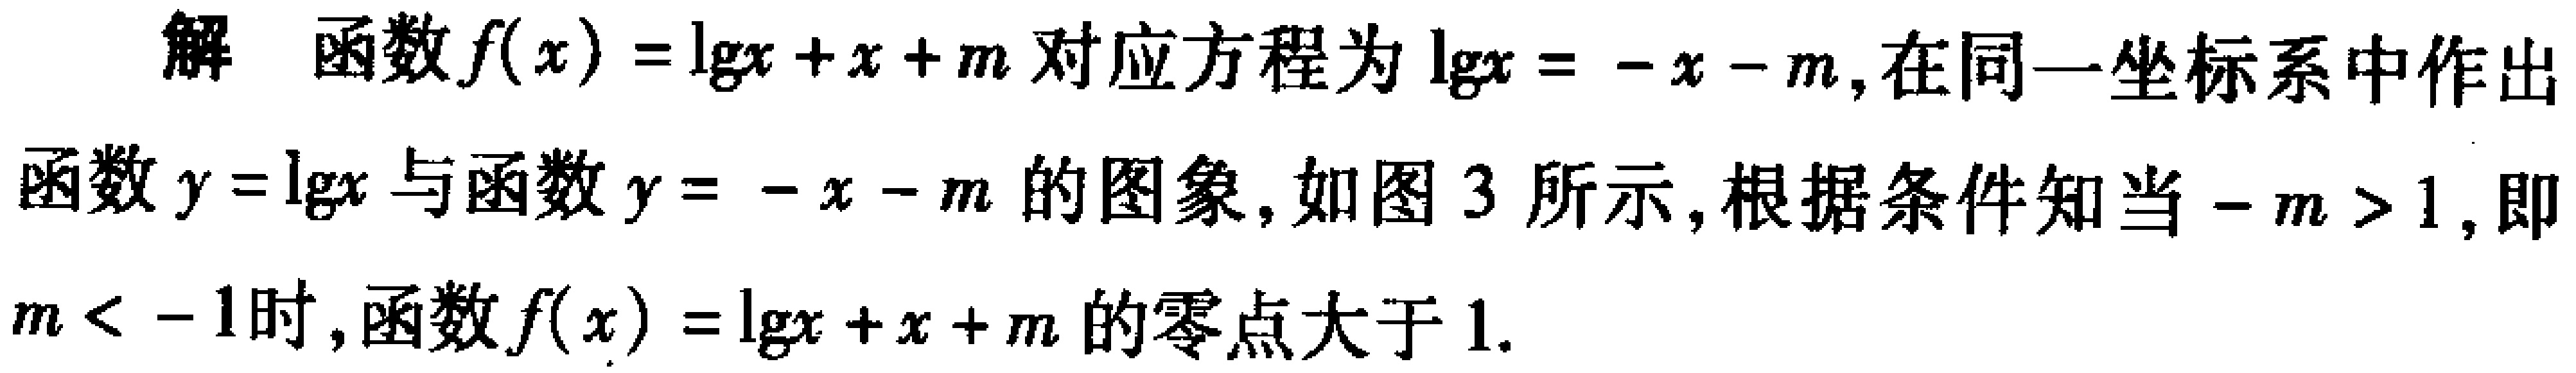
解 函数\(f(x)=\lg x + x + m\)对应方程为\(\lg x=-x - m\)，在同一坐标系中作出

函数\(y = \lg x\)与函数\(y=-x - m\)的图象，如图3所示，根据条件知当\(-m>1\)，即

\(m < - 1\)时，函数\(f(x)=\lg x + x + m\)的零点大于\(1\).